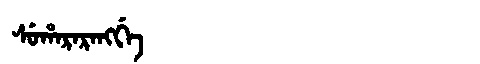
Manchu: ᠰᡠᡥᠠᡵᠠᡵᠠᠩᡤᡝ
Romanization: SUHARARANGGE